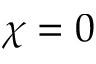
\chi = 0